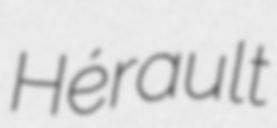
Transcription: Hérault